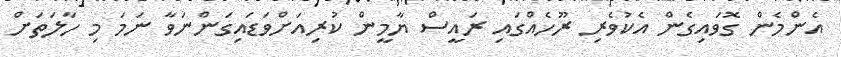
އެންމެން ގޮވައިގެން އެކުވެރި ރޫހެއްގައި ރައީސް ޔާމީން ކުރިއަށްވަޑައިގަންނަވާ ނަމަ މި ހާލަތަށް